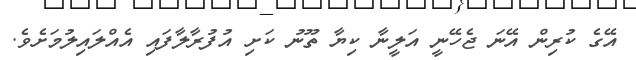
އޭގެ ކުރިން އޭނަ ޖެހޭނީ އަލީނާ ކިޔާ ތޫނު ކަށި އުފުރާލާފައި އެއްލައިލުމަށެވެ.